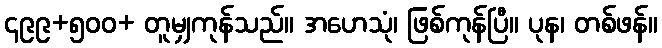
၄၉၉+၅၀၀+ တူမျှကုန်သည်။ အဟေသုံ၊ ဖြစ်ကုန်ပြီ။ ပုန၊ တစ်ဖန်။